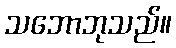
သဘောဘုသည်။